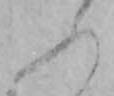
ふ